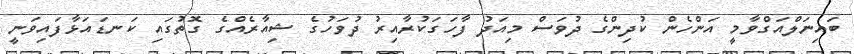
ބައިނަލްއަގްވާމީ އަންހެން ކުދިންގެ ދުވަސް މިއަދު ފާހަގަކުރާއިރު ދުވަހުގެ ޝިއާރެއްގެ ގޮތުގައި ކަނޑައަޅާފައިވަނީ